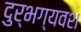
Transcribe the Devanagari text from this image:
दुर्भग्यवश